Civil Veterinary Dept. Bombay admin report 1893-99 - 1893-1899
Year: 1893
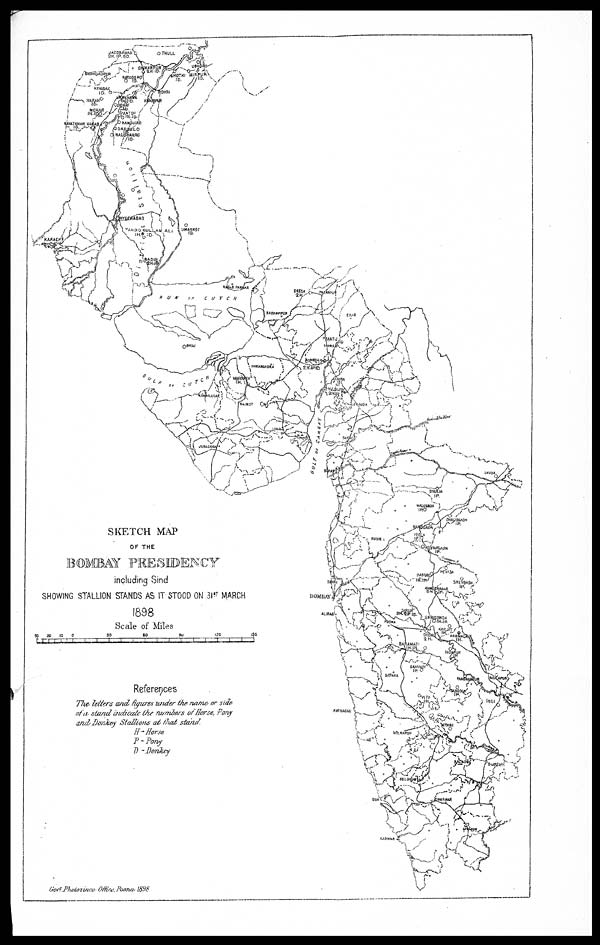
SKETCH MAP
OF THE
BOMBAY PRESIDENCY
including Sind
SHOWING STALLION STANDS AS IT STOOD ON 31st MARCH
1898
Scale of Miles
References
The letters and figures under the name or side
of a stand indicate the number of Horse, Pony
and Donkey Stallions at that stand.
H-Horse.
P-Pony
D-Donkey
Govt. Photozinco, Office, Poona, 1898